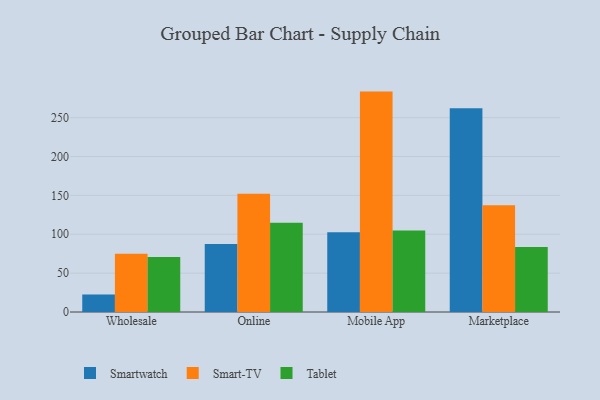
{"axis": {"x": "Channel", "y": "Inventory Turnover"}, "legend": ["Smart-TV", "Smartwatch", "Tablet"], "data": [{"x": "Wholesale", "y": 22.6, "type": "Smartwatch"}, {"x": "Wholesale", "y": 74.9, "type": "Smart-TV"}, {"x": "Wholesale", "y": 70.9, "type": "Tablet"}, {"x": "Online", "y": 87.4, "type": "Smartwatch"}, {"x": "Online", "y": 152.0, "type": "Smart-TV"}, {"x": "Online", "y": 114.8, "type": "Tablet"}, {"x": "Mobile App", "y": 102.7, "type": "Smartwatch"}, {"x": "Mobile App", "y": 283.5, "type": "Smart-TV"}, {"x": "Mobile App", "y": 104.8, "type": "Tablet"}, {"x": "Marketplace", "y": 262.0, "type": "Smartwatch"}, {"x": "Marketplace", "y": 137.4, "type": "Smart-TV"}, {"x": "Marketplace", "y": 83.5, "type": "Tablet"}]}